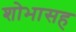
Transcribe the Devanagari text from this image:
शोभासह